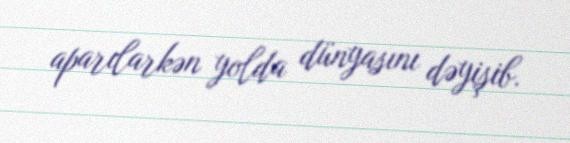
aparılarkən yolda dünyasını dəyişib.